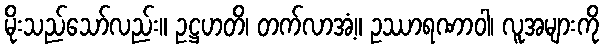
မိုးသည်သော်လည်း။ ဥဋ္ဌဟတိ၊ တက်လာအံ့။ ဥဿာရဏာဝါ၊ လူအများကို